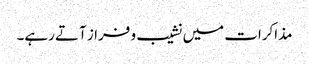
مذاکرات میں نشیب و فراز آتے رہے۔